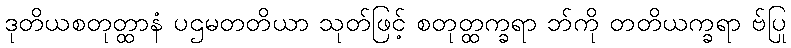
ဒုတိယစတုတ္ထာနံ ပဌမတတိယာ သုတ်ဖြင့် စတုတ္ထက္ခရာ ဘ်ကို တတိယက္ခရာ ဗ်ပြု